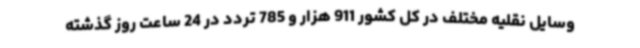
وسایل نقلیه مختلف در کل کشور 911 هزار و 785 تردد در 24 ساعت روز گذشته